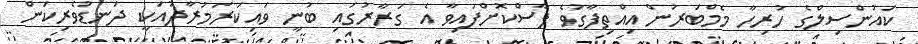
ކައުންސިލްގެ ހުރިހާ މެމްބަރުން އިއްތިފާގުވެ ފާސްކޮށްފައިވާ އެ ގަރާރުގައި ބުނީ ވައިކަރަމުރާދުއަކީ ދަނޑުވެރިކަން